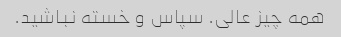
همه چیز عالی. سپاس و خسته نباشید.